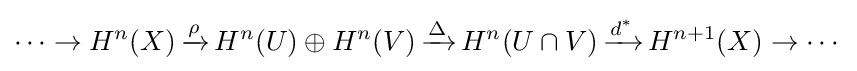
\cdots \to H^{n}(X)\,{\xrightarrow {\rho }}\,H^{n}(U)\oplus H^{n}(V)\,{\xrightarrow {\Delta }}\,H^{n}(U\cap V)\,{\xrightarrow {d^{*}}}\,H^{n+1}(X)\to \cdots